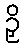
ဉှိ